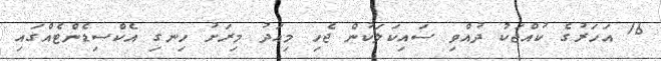
16 އަހަރުގެ ކުއްޖަކު ދުއްވި ސައިކަލަކުން ޖެހި މިއަދު މިރަށު ހިނގި އެކްސިޑެންޓެއްގައި